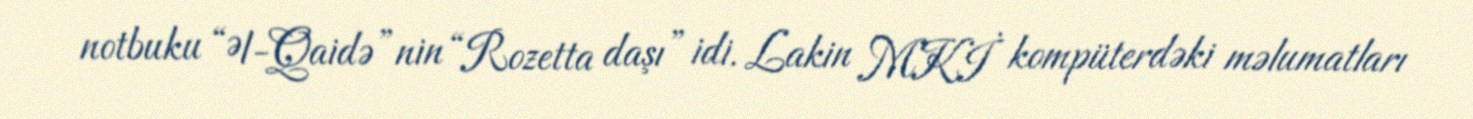
notbuku “Əl-Qaidə”nin “Rozetta daşı” idi. Lakin MKİ kompüterdəki məlumatları